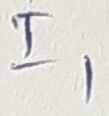
Text: I1